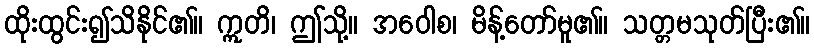
ထိုးထွင်း၍သိနိုင်၏။ ဣတိ၊ ဤသို့။ အဝေါစ၊ မိန့်တော်မူ၏။ သတ္တမသုတ်ပြီး၏။